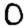
Digit: 0